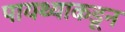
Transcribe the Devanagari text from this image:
पायथ्याकडून